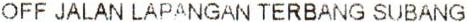
OFF JALAN LAPANGAN TERBANG SUBANG